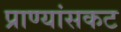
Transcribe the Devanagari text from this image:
प्राण्यांसकट